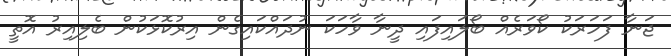
ޖަނާ ފަހަރަކު ކޯވަރެއް ބޯލައިފައި ދީނާ ވާހަކަ ނުދައްކައިގެން އިރުކޮޅަކުން ބެލިއިރު އޮތީ